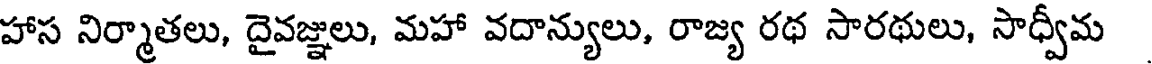
హాస నిర్మాతలు, దైవజ్ఞులు, మహా వదాన్యులు, రాజ్య రథ సారథులు, సాధ్వీమ